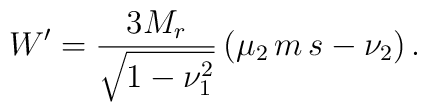
W'= \frac{3M_r}{\sqrt{1-\nu_1^2}}\left(\mu_2\,   m\,s-\nu_2\right).